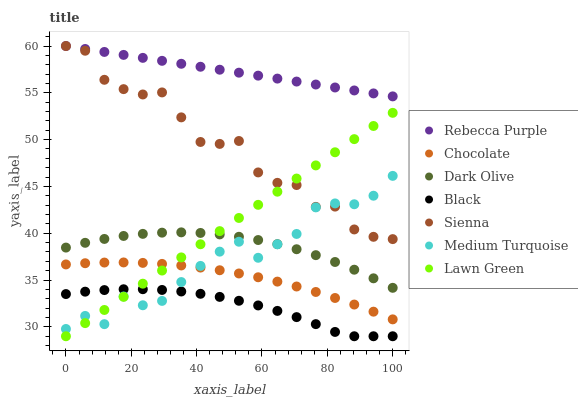
| xaxis_label | Rebecca Purple | Chocolate | Dark Olive | Black | Sienna | Medium Turquoise | Lawn Green |
 | --- | --- | --- | --- | --- | --- | --- | --- |
 | 0 | 60 | 36.7 | 38.5 | 33.5 | 60 | 29.8 | 29 |
 | 5.88 | 59.7 | 36.8 | 39 | 33.8 | 59.5 | 31.2 | 30.4 |
 | 11.8 | 59.4 | 36.9 | 39.4 | 33.9 | 56.4 | 30.3 | 31.8 |
 | 17.6 | 59.1 | 36.9 | 39.7 | 34 | 55.4 | 33.2 | 33.2 |
 | 23.5 | 58.7 | 36.8 | 39.9 | 34 | 54.8 | 32.3 | 34.6 |
 | 29.4 | 58.4 | 36.7 | 40.1 | 33.9 | 55 | 32.8 | 36 |
 | 35.3 | 58.1 | 36.6 | 40.1 | 33.8 | 52.4 | 34.8 | 37.4 |
 | 41.2 | 57.8 | 36.3 | 40 | 33.5 | 49.8 | 36.5 | 38.8 |
 | 47.1 | 57.5 | 36 | 39.9 | 33.2 | 49.5 | 38 | 40.2 |
 | 52.9 | 57.2 | 35.7 | 39.6 | 32.8 | 49.9 | 39.1 | 41.6 |
 | 58.8 | 56.8 | 35.3 | 39.3 | 32.3 | 46.5 | 37.4 | 43 |
 | 64.7 | 56.5 | 34.8 | 38.8 | 31.7 | 45.4 | 38.8 | 44.4 |
 | 70.6 | 56.2 | 34.3 | 38.3 | 31 | 45.1 | 39.9 | 45.8 |
 | 76.5 | 55.9 | 33.7 | 37.7 | 30.3 | 42.8 | 42.8 | 47.2 |
 | 82.4 | 55.6 | 33.1 | 36.9 | 29.5 | 42.8 | 43.2 | 48.7 |
 | 88.2 | 55.3 | 32.4 | 36.1 | 29 | 40.4 | 43.1 | 50.1 |
 | 94.1 | 54.9 | 31.6 | 35.2 | 29 | 39.6 | 44 | 51.5 |
 | 100 | 54.6 | 30.8 | 34.2 | 29 | 39.4 | 46.1 | 52.9 |